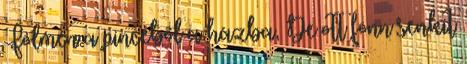
Fölmén a pincéből a házba, De ott fönn senkit